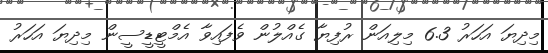
މިދިޔަ އަހަރު 6.3 މިލިއަން ރުފިޔާ ގެއްލުން ވެފައިވާ އެމްޓީޑީސީން މިދިޔަ އަހަރު